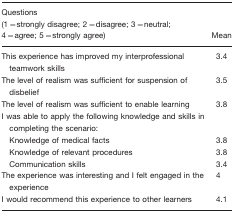
<table><thead><tr><td><b>Questions(1=strongly disagree; 2=disagree; 3=neutral; 4=agree; 5=strongly agree)</b></td><td><b>Mean</b></td></tr></thead><tbody><tr><td>This experience has improved my interprofessional teamwork skills</td><td>3.4</td></tr><tr><td>The level of realism was sufficient for suspension of disbelief</td><td>3.5</td></tr><tr><td>The level of realism was sufficient to enable learning</td><td>3.8</td></tr><tr><td>I was able to apply the following knowledge and skills in completing the scenario:</td><td></td></tr><tr><td> Knowledge of medical facts</td><td>3.8</td></tr><tr><td> Knowledge of relevant procedures</td><td>3.8</td></tr><tr><td> Communication skills</td><td>3.4</td></tr><tr><td>The experience was interesting and I felt engaged in the experience</td><td>4</td></tr><tr><td>I would recommend this experience to other learners</td><td>4.1</td></tr></tbody></table>